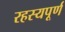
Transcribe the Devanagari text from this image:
रहस्‍यपूर्ण